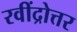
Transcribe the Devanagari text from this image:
रवींद्रोत्तर